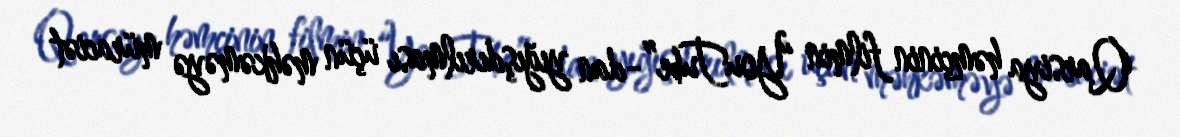
Qarsiya həmçinin filmin “YouTube”-dan yığışdırılması üçün məhkəməyə müraciət